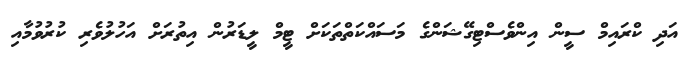
އަދި ކްރައިމް ސީން އިންވެސްޓިގޭޝަންގެ މަސައްކަތްތަކަށް ޓީމް ލީޑަރުން އިތުރަށް އަހުލުވެރި ކުރުވުމާއި